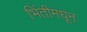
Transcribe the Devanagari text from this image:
भिंतीमधून